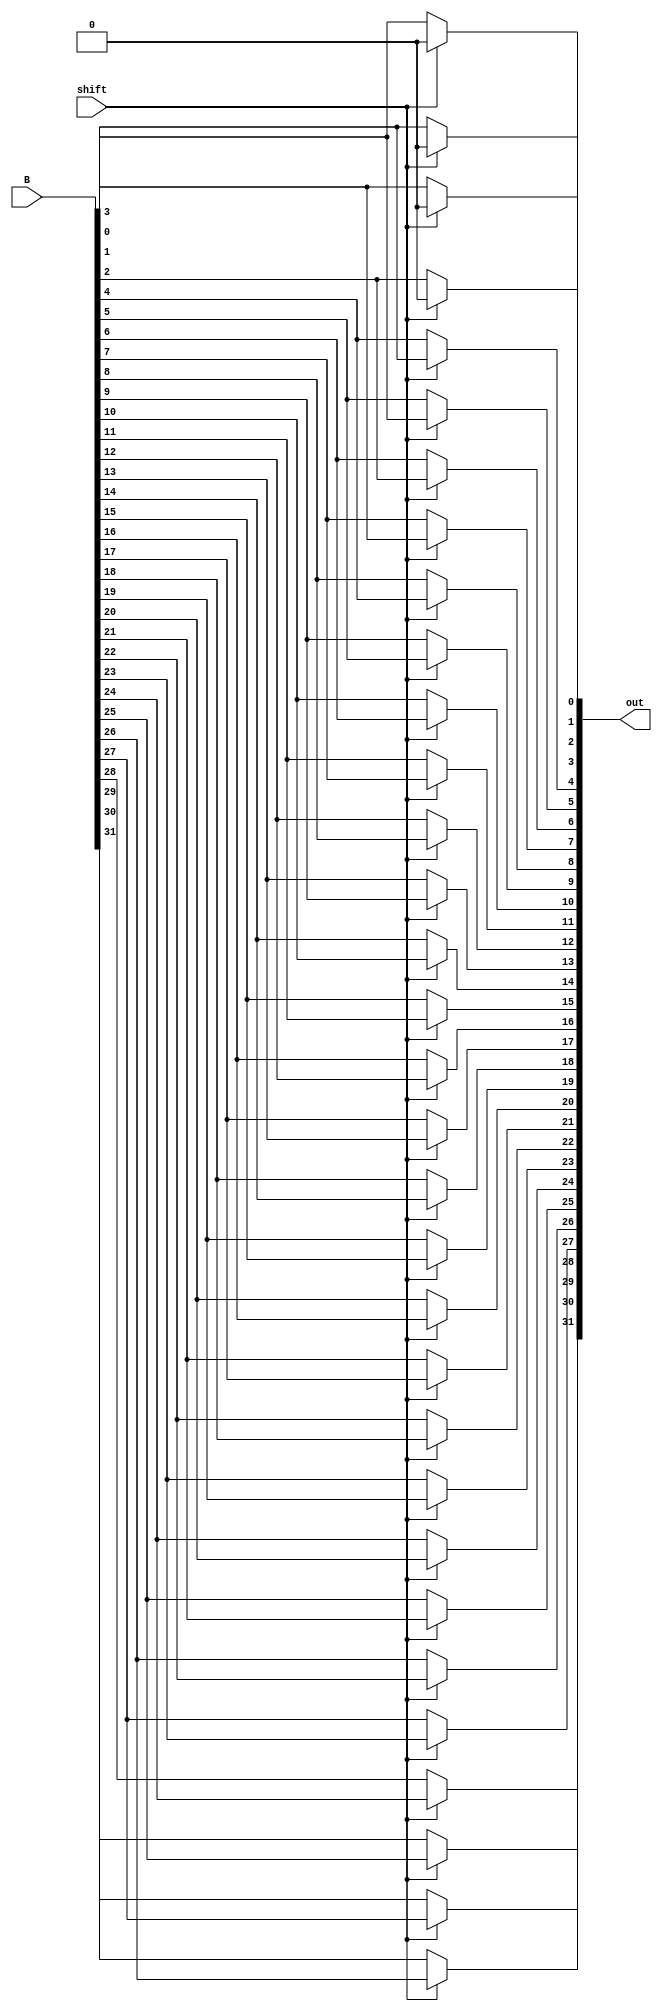
module SLL_4bit  (B, shift, out);
	input[31:0] B;
	input shift;
	output[31:0] out;
	
	genvar i;
	generate
		for (i=0; i<32; i=i+1) begin:mux
			if (i<4)
				assign out[i] = (shift == 0) ? B[i] : 0;
			else
				assign out[i] = (shift == 0) ? B[i] : B[i-4];
		end
	endgenerate
	
endmodule